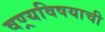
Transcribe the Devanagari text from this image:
वण्र्यविषयाची